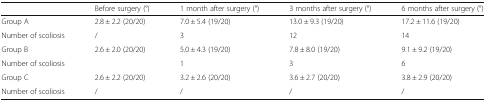
|  | Before surgery (°) | 1 month after surgery (°) | 3 months after surgery (°) | 6 months after surgery (°) |
 | --- | --- | --- | --- | --- |
 | Group A | 2.8 ± 2.2 (20/20) | 7.0 ± 5.4 (19/20) | 13.0 ± 9.3 (19/20) | 17.2 ± 11.6 (19/20) |
 | Number of scoliosis | / | 3 | 12 | 14 |
 | Group B | 2.6 ± 2.0 (20/20) | 5.0 ± 4.3 (19/20) | 7.8 ± 8.0 (19/20) | 9.1 ± 9.2 (19/20) |
 | Number of scoliosis |  | 1 | 3 | 6 |
 | Group C | 2.6 ± 2.2 (20/20) | 3.2 ± 2.6 (20/20) | 3.6 ± 2.7 (20/20) | 3.8 ± 2.9 (20/20) |
 | Number of scoliosis | / | / | / | / |